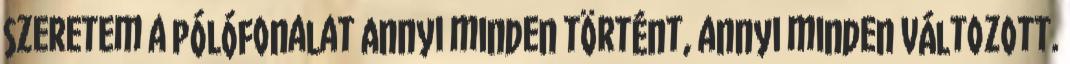
szeretem a pólófonalat Annyi minden történt, annyi minden változott.